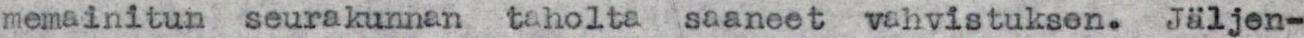
memainitun seurakunnan taholta saaneet vahvistuksen. Jäljen-